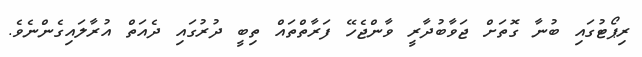
ރިޕޯޓުގައި ބުނާ ގޮތަށް ޖަވާބުދާރީ ވާންޖެހޭ ފަރާތްތައް ތިބީ ދުރުގައި ދެއަތް އުރާލައިގެންނެވެ.